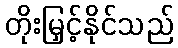
တိုးမြှင့်နိုင်သည်